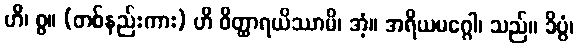
ဟိ၊ စွ။ (တစ်နည်းကား) ဟိ ဝိတ္ထာရယိဿာမိ၊ အံ့။ အရိယမဂ္ဂေါ၊ သည်။ ခိပ္ပံ၊